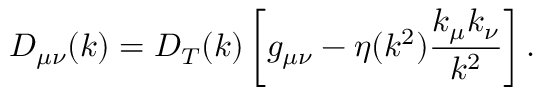
D _ { \mu \nu } ( k ) = D _ { T } ( k ) \left[ g _ { \mu \nu } - \eta ( k ^ { 2 } ) \frac { k _ { \mu } k _ { \nu } } { k ^ { 2 } } \right] .